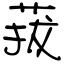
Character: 菝